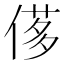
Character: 𠌅